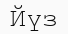
Йүз